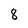
Character: 8